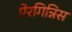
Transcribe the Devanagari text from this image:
ऐरगिन्निस